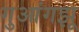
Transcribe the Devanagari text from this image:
गुआंगझू